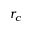
r _ { c }